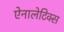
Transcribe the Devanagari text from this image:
ऐनालेटिक्स